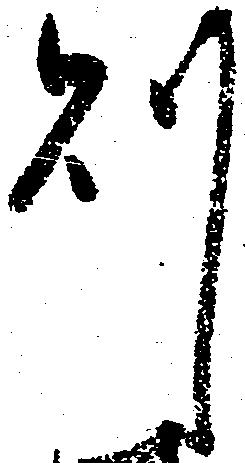
則